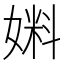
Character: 𰌔